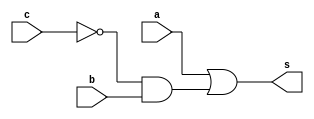
/*
 Recuperacao_0102.v - v0.0. - 30 / 10 / 2022
 Autor    : Gabriel Vargas Bento de Souza
 Matricula: 778023
 */

/**
  Module f (a,b,c)
 */
module f (output s, 
          input a, b, c);

   wire w1, w2;

   or  OR__1 (s,a,w1);
   not NOT_1 (w2,c);
   and AND_1 (w1,w2,b);
endmodule // s = f (a,b,c)

/**
  Recuperacao_0102.v
 */
module Recuperacao_0102;
   reg  a, b, c;
   reg[7:0] m;
   wire s;
   
   // instancias
   f F_1 (s, a, b, c);
   
   // valores iniciais
   initial begin: start
      a=1'bx; b=1'bx; c=1'bx;                     
   end

   // parte principal
   initial begin: main
       $display("Gabriel Vargas Bento de Souza - 778023");
       $display("Recuperacao_01");
       $display("\n02. f(a,b,c)\n");

       // monitoramento
       $display(" m  a  b  c  s");
       $monitor("%2c %2b %2b %2b %2b", m, a, b, c, s);

       // sinalizacao
          a=0; b=0; c=0; m="0";
       #1           c=1; m="1";
       #1      b=1; c=0; m="2";
       #1           c=1; m="3";
       #1 a=1; b=0; c=0; m="4";
       #1           c=1; m="5";
       #1      b=1; c=0; m="6";
       #1           c=1; m="7";
   end
endmodule // Recuperacao_0102

/*
gabriel@desktop-ubuntu:~/Desktop/CC-PUC/2periodo/ARQ1/Tarefas/Recuperacao01$ vvp Recuperacao_0102.vvp
Gabriel Vargas Bento de Souza - 778023
Recuperacao_01

02. f(a,b,c)

 m  a  b  c  s
 0  0  0  0  0
 1  0  0  1  0
 2  0  1  0  1
 3  0  1  1  0
 4  1  0  0  1
 5  1  0  1  1
 6  1  1  0  1
 7  1  1  1  1

*/